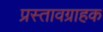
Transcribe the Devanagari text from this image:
प्रस्तावग्राहक